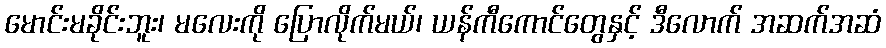
မောင်းမခိုင်းဘူး၊ မလေးကို ပြောလိုက်မယ်၊ ယန်ကီကောင်တွေနှင့် ဒီလောက် အဆက်အဆံ